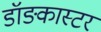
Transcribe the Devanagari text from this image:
डॉङ्कास्टर